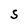
Character: S